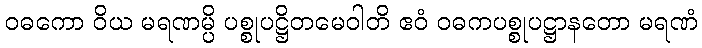
ဝဓကော ဝိယ မရဏမ္ပိ ပစ္စုပဋ္ဌိတမေဝါတိ ဧဝံ ဝဓကပစ္စုပဋ္ဌာနတော မရဏံ